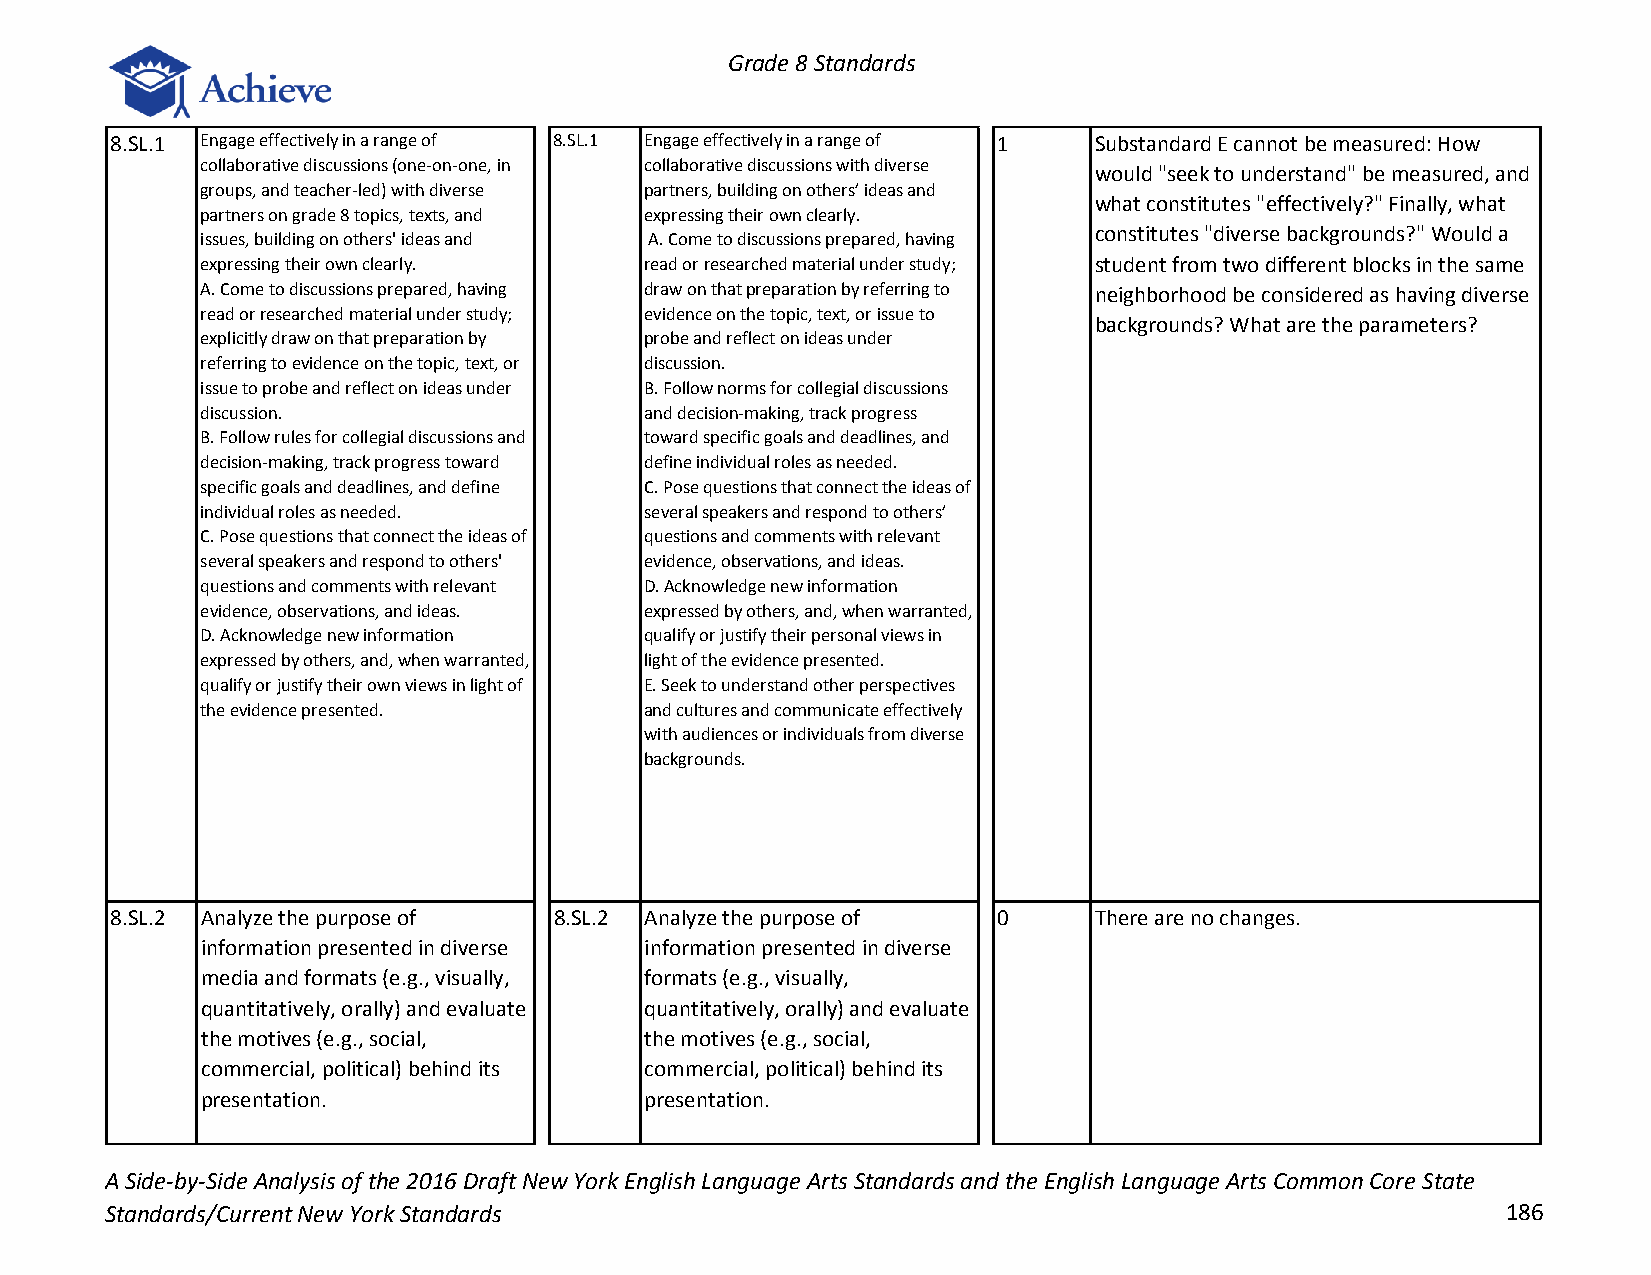
Grade 8 Standards
 8.SL.1 Engage effectively in a range of 8.SL.1 Engage effectively in a range of 1 Substandard E cannot be measured: How
 collaborative discussions (one-on-one, in collaborative discussions with diverse
 would "seek to understand" be measured, and
 groups, and teacher-led) with diverse partners, building on others’ ideas and
 what constitutes "effectively?" Finally, what
 partners on grade 8 topics, texts, and expressing their own clearly.
 constitutes "diverse backgrounds?" Would a
 issues, building on others' ideas and A. Come to discussions prepared, having
 expressing their own clearly. read or researched material under study; student from two different blocks in the same
 A. Come to discussions prepared, having draw on that preparation by referring to neighborhood be considered as having diverse
 read or researched material under study; evidence on the topic, text, or issue to
 backgrounds? What are the parameters?
 explicitly draw on that preparation by probe and reflect on ideas under
 referring to evidence on the topic, text, or discussion.
 issue to probe and reflect on ideas under B. Follow norms for collegial discussions
 discussion.                   and decision-making, track progress
 B. Follow rules for collegial discussions and toward specific goals and deadlines, and
 decision-making, track progress toward define individual roles as needed.
 specific goals and deadlines, and define C. Pose questions that connect the ideas of
 individual roles as needed.   several speakers and respond to others’
 C. Pose questions that connect the ideas of questions and comments with relevant
 several speakers and respond to others' evidence, observations, and ideas.
 questions and comments with relevant D. Acknowledge new information
 evidence, observations, and ideas. expressed by others, and, when warranted,
 D. Acknowledge new information qualify or justify their personal views in
 expressed by others, and, when warranted, light of the evidence presented.
 qualify or justify their own views in light of E. Seek to understand other perspectives
 the evidence presented.       and cultures and communicate effectively
 with audiences or individuals from diverse
 backgrounds.
 8.SL.2 Analyze the purpose of 8.SL.2 Analyze the purpose of 0    There are no changes.
 information presented in diverse information presented in diverse
 media and formats (e.g., visually, formats (e.g., visually,
 quantitatively, orally) and evaluate quantitatively, orally) and evaluate
 the motives (e.g., social,    the motives (e.g., social,
 commercial, political) behind its commercial, political) behind its
 presentation.                 presentation.
 A Side-by-Side Analysis of the 2016 Draft New York English Language Arts Standards and the English Language Arts Common Core State
 Standards/Current New York Standards                                                         186